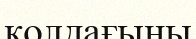
қолдағыны